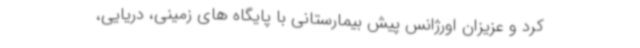
کرد و عزیزان اورژانس پیش بیمارستانی با پایگاه های زمینی، دریایی،